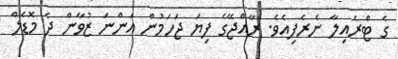
ގެ ޓްރެއިލާ ނެރެފިއެވެ. ރާއްޖޭގެ ފިޔަ ޖަހަމުން އަންނަ ޒުވާން ދެ މޮޑެލް